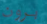
برون